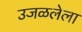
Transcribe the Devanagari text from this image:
उजळलेला